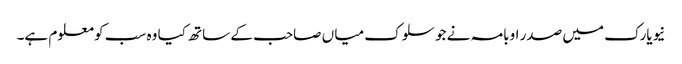
نیویارک میں صدر اوبامہ نے جو سلوک میا ں صاحب کے ساتھ کیا وہ سب کو معلوم ہے۔